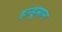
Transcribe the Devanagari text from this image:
हन्डुमान